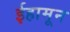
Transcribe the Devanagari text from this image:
ईहामून